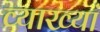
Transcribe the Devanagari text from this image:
व्याख्यां